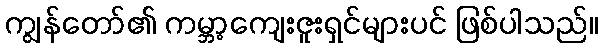
ကျွန်တော်၏ ကမ္ဘာ့ကျေးဇူးရှင်များပင် ဖြစ်ပါသည်။